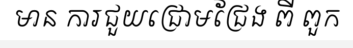
មាន ការជួយជ្រោមជ្រែង ពី ពួក